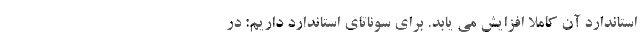
استاندارد آن کاملا افزایش می یابد. برای سوناتای استاندارد داریم: در